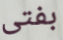
بفتى